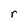
Character: r